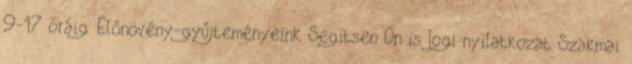
9-17 óráig. Élőnövény-gyűjteményeink Segítsen Ön is Jogi nyilatkozat Szakmai